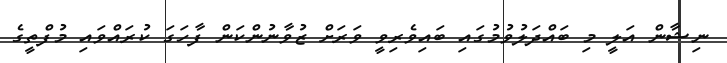
ނިޝާން އަލީ މި ބައްދަލުވުމުގައި ބައިވެރިވީ ވަރަށް ޒުވާނުންކަން ފާހަގަ ކުރައްވައި މުފްތީގެ